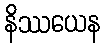
နိဿယေန